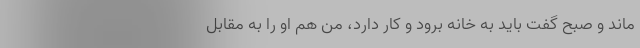
ماند و صبح گفت باید به خانه برود و کار دارد، من هم او را به مقابل